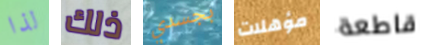
لذا ذلك بجسدي مؤهلات قاطعة